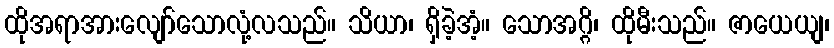
ထိုအရာအားလျော်သောလုံ့လသည်။ သိယာ၊ ရှိခဲ့အံ့။ သောအဂ္ဂိ၊ ထိုမီးသည်။ ဇာယေယျ၊